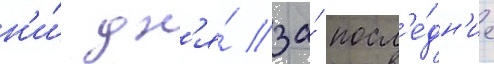
н'и́ дн'я́ за́ посл'е́дн'ие